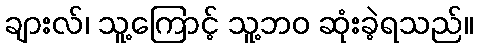
ချားလ်၊ သူ့ကြောင့် သူ့ဘဝ ဆုံးခဲ့ရသည်။